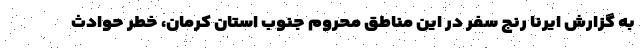
به گزارش ایرنا رنج سفر در این مناطق محروم جنوب استان کرمان، خطر حوادث